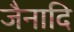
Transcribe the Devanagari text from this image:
जैनादि